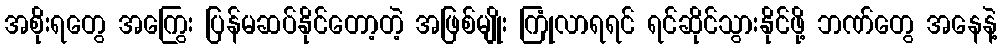
အစိုးရတွေ အကြွေး ပြန်မဆပ်နိုင်တော့တဲ့ အဖြစ်မျိုး ကြုံလာရရင် ရင်ဆိုင်သွားနိုင်ဖို့ ဘဏ်တွေ အနေနဲ့